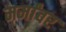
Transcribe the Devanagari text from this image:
मर्मांवर